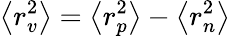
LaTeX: \left<r_{v}^{2}\right>=\left<r_{p}^{2}\right>-\left<r_{n}^{2}\right>